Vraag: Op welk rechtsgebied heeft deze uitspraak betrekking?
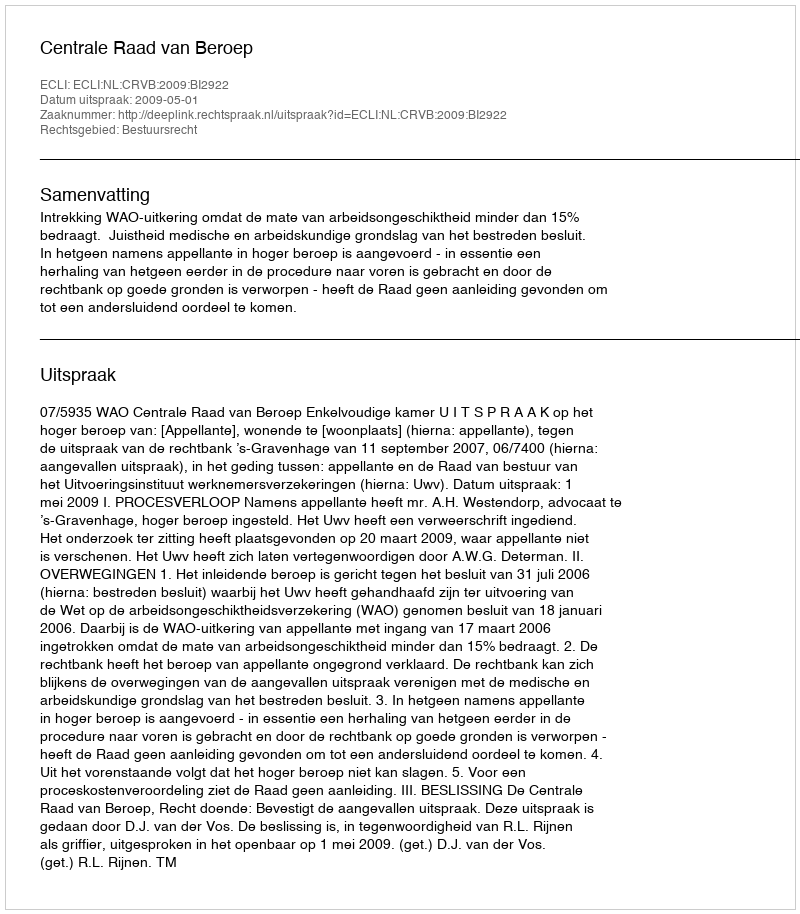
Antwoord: Bestuursrecht